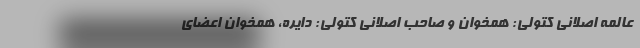
عالمه اصلانی کتولی: همخوان و صاحب اصلانی کتولی: دایره، همخوان اعضای